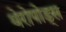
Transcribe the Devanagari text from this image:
थेरोपोड्स